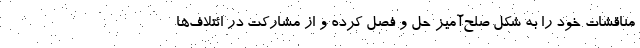
مناقشات خود را به شکل صلح‌آمیز حل و فصل کرده و از مشارکت در ائتلاف‌ها